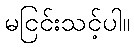
မငြင်းသင့်ပါ။